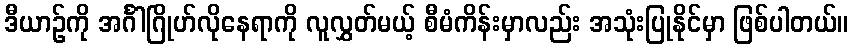
ဒီယာဉ်ကို အင်္ဂါဂြိုဟ်လိုနေရာကို လူလွှတ်မယ့် စီမံကိန်းမှာလည်း အသုံးပြုနိုင်မှာ ဖြစ်ပါတယ်။